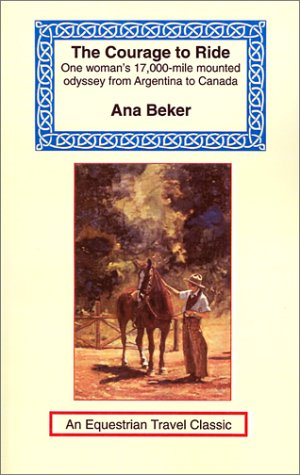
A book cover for The Courage to Ride: One Woman's 17,000-Mile Mounted Odyssey from Argentina to Canada (Equestrian Travel Classics); Ana Beker; Travel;